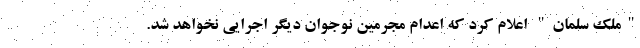
"ملک سلمان" اعلام کرد که اعدام مجرمین نوجوان دیگر اجرایی نخواهد شد.